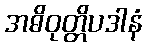
အဓိဝုတ္တိပဒါနံ